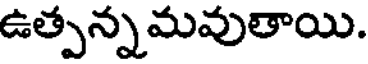
ఉత్పన్నమవుతాయి.